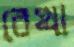
বেথা